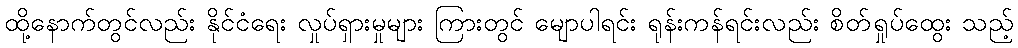
ထို့နောက်တွင်လည်း နိုင်ငံရေး လှုပ်ရှားမှုများ ကြားတွင် မျောပါရင်း ရုန်းကန်ရင်းလည်း စိတ်ရှုပ်ထွေး သည့်